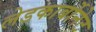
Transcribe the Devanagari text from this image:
लेडकार्बोनेट